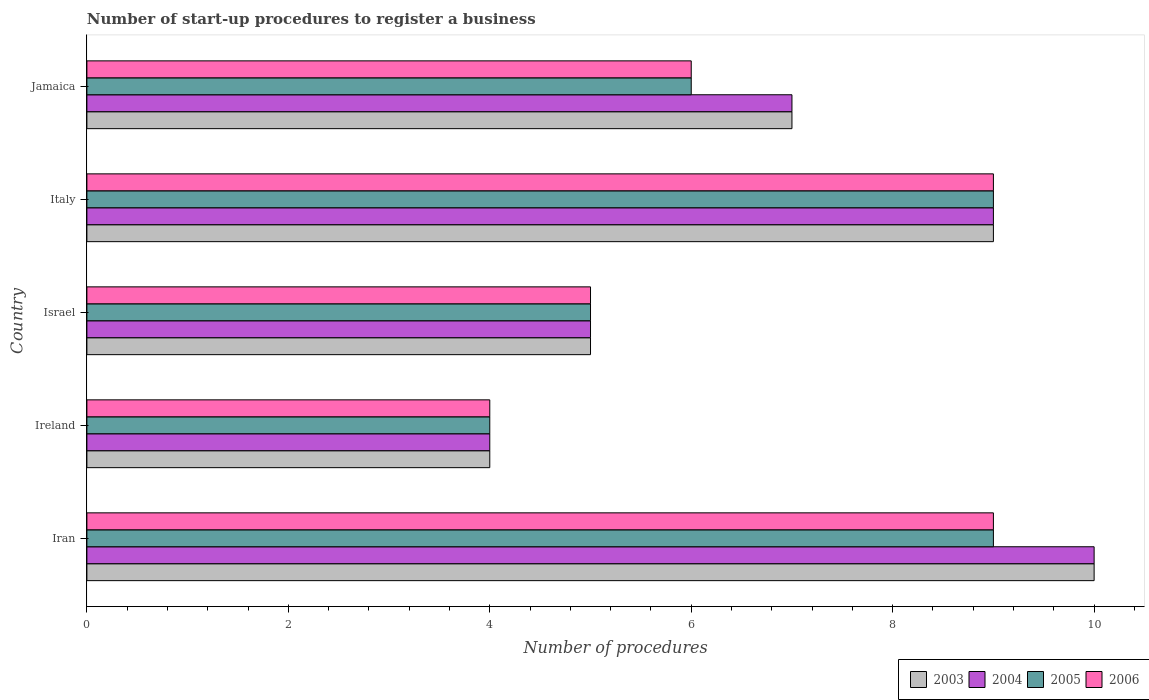
| Country | 2003 | 2004 | 2005 | 2006 |
 | --- | --- | --- | --- | --- |
 | Iran | 10 | 10 | 9 | 9 |
 | Ireland | 4 | 4 | 4 | 4 |
 | Israel | 5 | 5 | 5 | 5 |
 | Italy | 9 | 9 | 9 | 9 |
 | Jamaica | 7 | 7 | 6 | 6 |